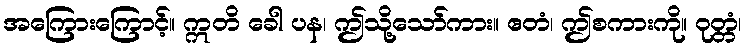
အကြေားကြောင့်။ ဣတိ ခေါ ပန၊ ဤသို့သော်ကား။ ဧတံ၊ ဤစကားကို။ ဝုတ္တံ၊